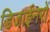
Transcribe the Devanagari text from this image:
डिजाईनरों